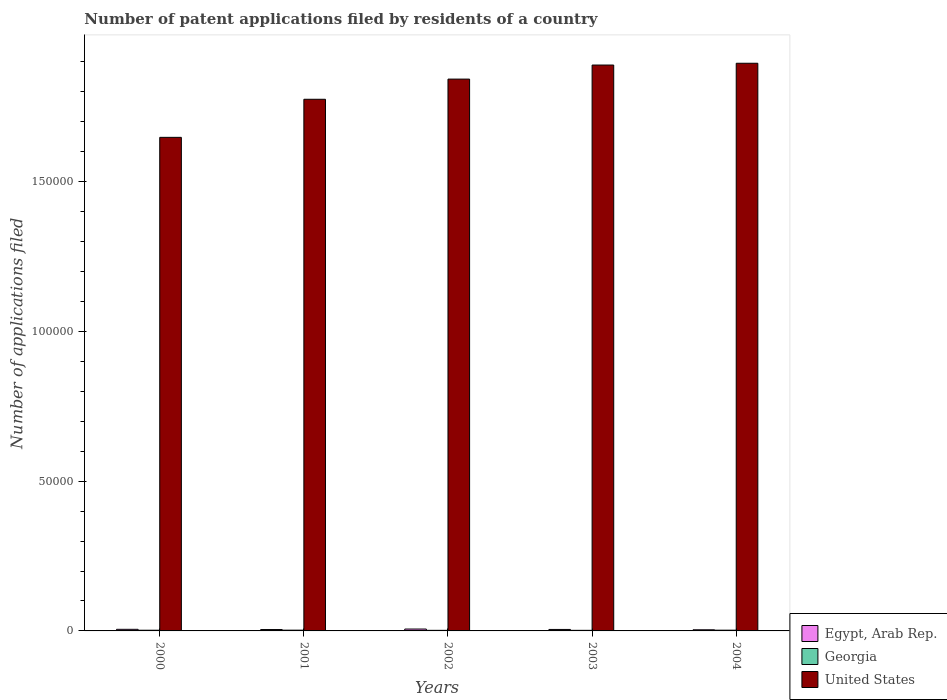
| Years | Egypt, Arab Rep. | Georgia | United States |
 | --- | --- | --- | --- |
 | 2000 | 534 | 232 | 1.65e+05 |
 | 2001 | 464 | 254 | 1.78e+05 |
 | 2002 | 627 | 194 | 1.84e+05 |
 | 2003 | 493 | 195 | 1.89e+05 |
 | 2004 | 382 | 249 | 1.9e+05 |